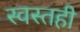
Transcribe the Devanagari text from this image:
स्वस्तही